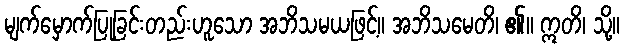
မျက်မှောက်ပြုခြင်းတည်းဟူသော အဘိသမယဖြင့်။ အဘိသမေတိ၊ ၏။ ဣတိ၊ သို့။